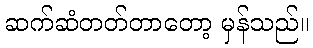
ဆက်ဆံတတ်တာတော့ မှန်သည်။